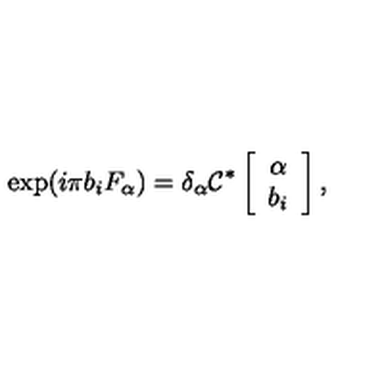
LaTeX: \exp ( i \pi b _ { i } F _ { \alpha } ) = { \delta } _ { \alpha } { \cal C } ^ { * } \left[ \begin{array} { c } { { \alpha } } \\ { b _ { i } } \\ \end{array} \right] ,